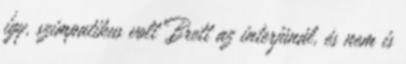
így, szimpatikus volt Brett az interjúnál, és nem is